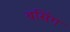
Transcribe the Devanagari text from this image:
बसिंग